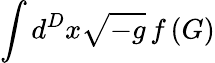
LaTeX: \int d^{D}x{\sqrt{-g}}\, f\left(G\right)